Annual vaccination report of Bihar and Orissa - 1911-1928
Year: 1911
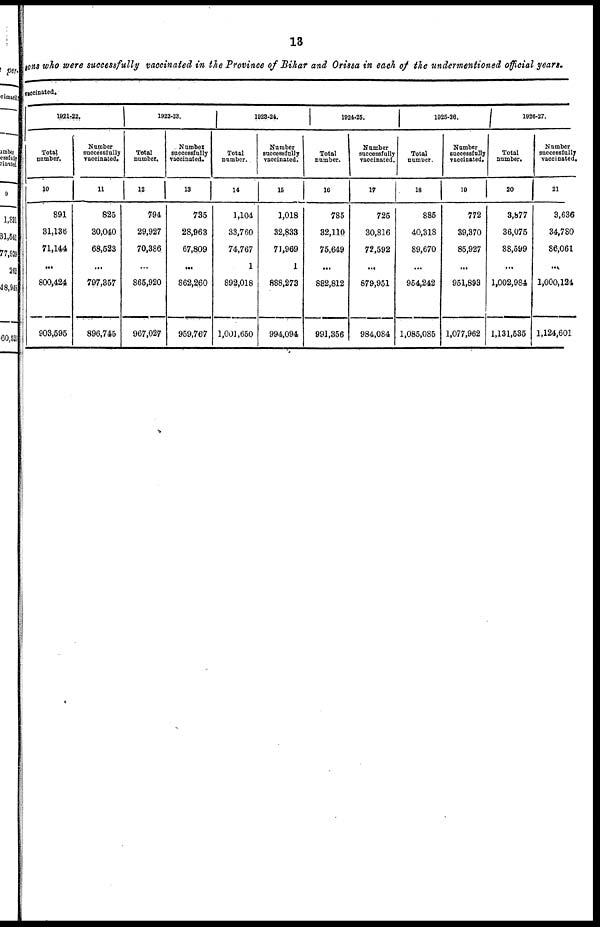
13
sons who were successfully vaccinated in the Province of Bihar and Orissa in each of the undermentioned official years.
vaccinated.
1921-22.
Total
number.
10
891
31,136
71,144
...
800,424
903,595
Number
successfully
vaccinated.
11
825
30,040
68,523
...
797,357
896,745
1922-23.
Total
number.
12
794
29,927
70,386
...
865,920
967,027
Number
successfully
vaccinated.
13
735
28,963
67,809
...
862,260
959,767
1923-24.
Total
number.
14
1,104
33,760
74,767
1
892,018
1,001,650
Number
successfully
vaccinated.
15
1,018
32,833
71,969
1
888,273
994,094
1924-25.
Total
number.
16
785
32,110
75,649
...
882,812
991,356
Number
successfully
vaccinated.
17
725
30,816
72,592
...
879,951
984,084
1925-28.
Total
number.
18
885
40,318
89,670
...
954,242
1,085,085
Number
successfully
vaccinated.
19
772
39,370
85,927
...
951,893
1,077,962
926-27.
Total
number.
20
3,877
36,075
88,599
...
1,002,984
1,131,535
Number
successfully
vaccinated.
21
3,636
34,780
86,061
...
1,000,124
1,124,601